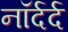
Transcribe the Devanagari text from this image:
नॉर्दर्द